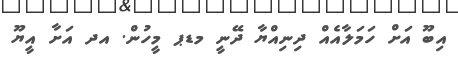
އިބޫ އަށް ހަމަލާއެއް ދިނިއްޔާ ދޭނީ މޑޕ މީހުން. އދ އަށާ އީޔޫ